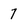
Character: 7